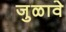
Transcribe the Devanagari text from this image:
जुळावे